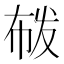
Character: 𭘟